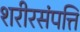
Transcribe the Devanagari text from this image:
शरीरसंपत्ति